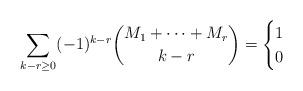
LaTeX: \begin{align*} \sum_{k - r \ge 0} (-1)^{k - r} \binom{M_1 + \cdots + M_r}{k - r} = \begin{cases} 1 & \\ 0 & \end{cases}\end{align*}